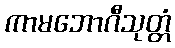
ကာမဘောဂီသုတ္တံ